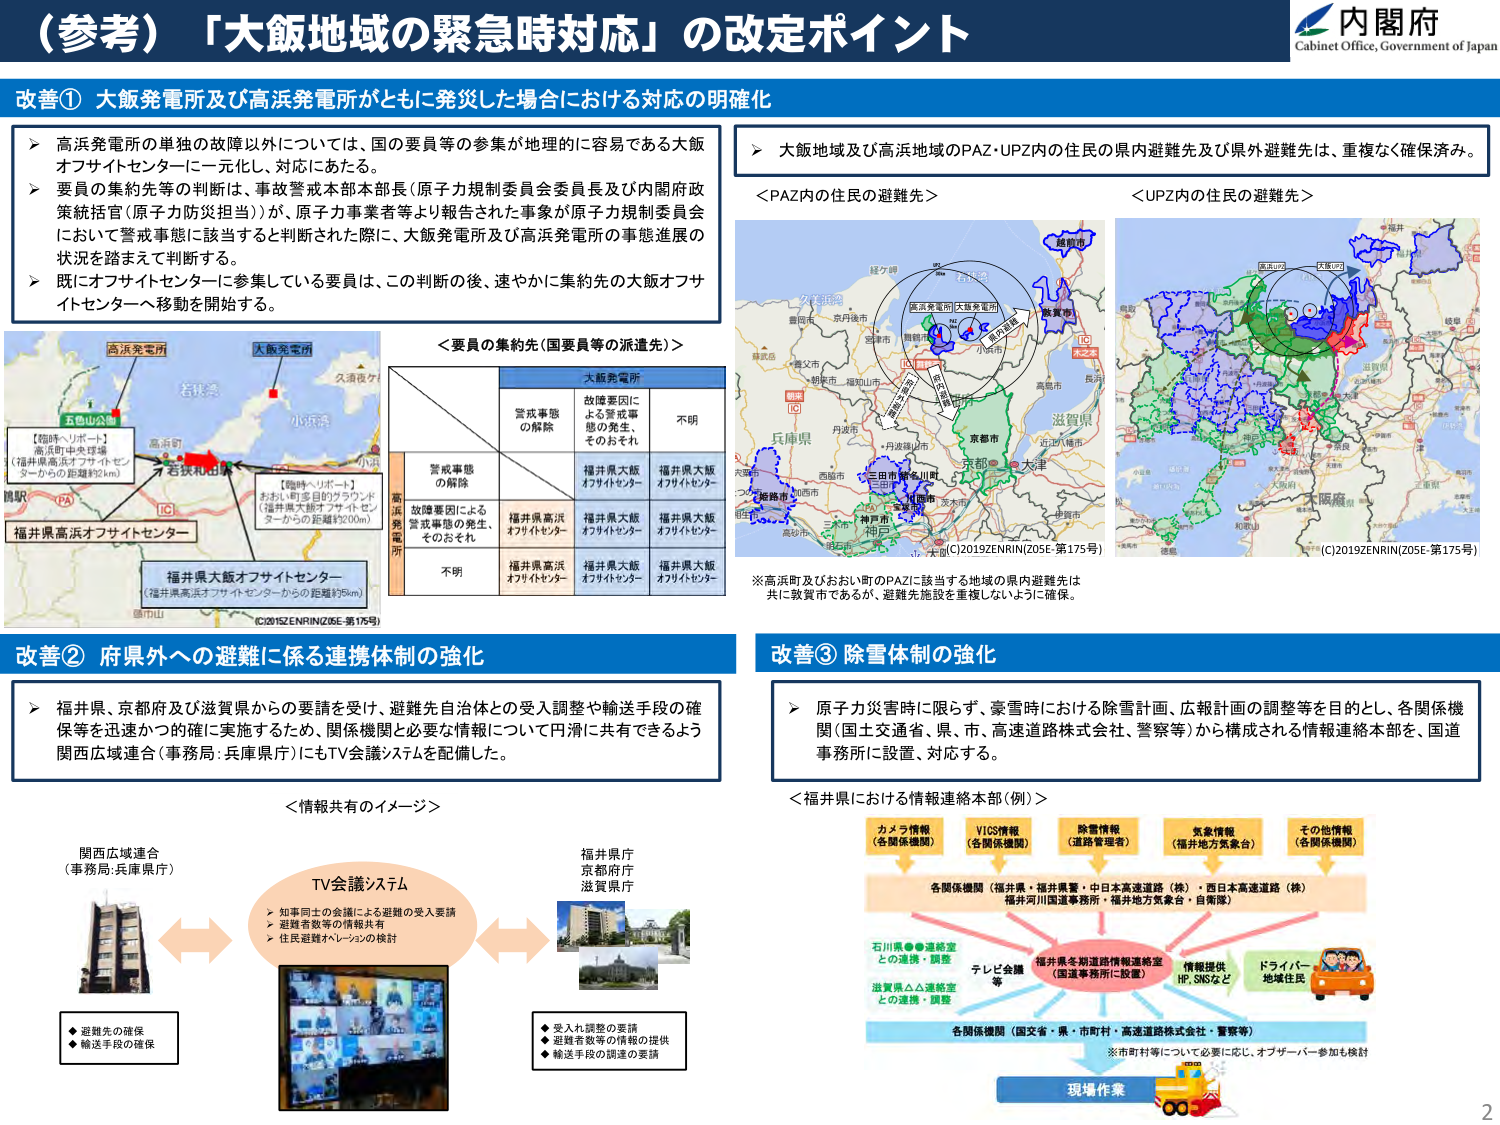
（参考）「大飯地域の緊急時対応」の改定ポイント

内閣府
Cabinet Office, Government of Japan

改善① 大飯発電所及び高浜発電所がともに発災した場合における対応の明確化

▶ 高浜発電所の単独の故障以外については、国の要員等の参集が地理的に容易である大飯オフサイトセンターに一元化し、対応はあたる。

▶ 要員の集約先等の判断は、事故警戒本部本部長（原子力規制委員会委員長及び内閣府政策統括官（原子力防災担当））が、原子力事業者等より報告された事象が原子力規制委員会において警戒事態に該当すると判断された際に、大飯発電所及び高浜発電所の事態進展の状況を踏まえて判断する。

▶ 既にオフサイトセンターに参集している要員は、この判断の後、速やかに集約先の大飯オフサイトセンターへ移動を開始する。

＜要員の集約先（国要員等の派遣先）＞

| | 大飯発電所 | | |
|---|---|---|---|
| | 故障要因による警戒事態の発生、そのおそれ | 不明 | |
| 警戒事態の解除 | 福井県大飯オフサイトセンター | 福井県大飯オフサイトセンター | |
| 故障要因による警戒事態の発生、そのおそれ | 福井県高浜オフサイトセンター | 福井県大飯オフサイトセンター | |
| 不明 | 福井県高浜オフサイトセンター | 福井県大飯オフサイトセンター | |

高浜発電所
大飯発電所
五色山公園
若狭湾
小浜湾
高浜町
おおい町多目的グラウンド
（福井県大飯オフサイトセンターからのおおいた距離約200m）
【臨時ヘリポート】
高浜町中本球場
（福井県高浜オフサイトセンターからの距離約2km）
福井県高浜オフサイトセンター
福井県大飯オフサイトセンター
（福井県高浜オフサイトセンターからの距離約5km）
©2015ZENRIN(Z05E-第175号)

▶ 大飯地域及び高浜地域のPAZ・UPZ内の住民の県内避難先及び県外避難先は、重複なく確保済み。

＜PAZ内の住民の避難先＞
＜UPZ内の住民の避難先＞
（C)2019ZENRIN(Z05E-第175号）
（C)2019ZENRIN(Z05E-第175号）

※高浜町及びおおい町のPAZに該当する地域の県内避難先は共に敦賀市であるが、避難先施設を重複しないように確保。

改善② 府県外への避難に係る連携体制の強化

▶ 福井県、京都府及び滋賀県からの要請を受け、避難先自治体との受入調整や輸送手段の確保等を迅速かつ的確に実施するため、関係機関と必要な情報について円滑に共有できるよう関西広域連合（事務局：兵庫県庁）にもTV会議システムを配備した。

＜情報共有のイメージ＞

関西広域連合
（事務局：兵庫県庁）
TV会議システム
▶ 知事同士の会議による避難の受入要請
▶ 避難者数等の情報共有
▶ 住民避難かレーションの検討

福井県庁
京都府庁
滋賀県庁

◆ 避難先の確保
◆ 輸送手段の確保

◆ 受入調整の要請
◆ 避難者数等の情報の提供
◆ 輸送手段の調達の要請

改善③ 除雪体制の強化

▶ 原子力災害時に関らず、豪雪時における除雪計画、広報計画の調整等を目的とし、各関係機関（国土交通省、県、市、高速道路株式会社、警察等）から構成される情報連絡本部を、国道事務所に設置、対応する。

＜福井県における情報連絡本部（例）＞

カメラ情報（各関係機関）
VICS情報（各関係機関）
除雪情報（道路管理者）
気象情報（福井地方気象台）
その他情報（各関係機関）

各関係機関（福井県・福井県警・中日本高速道路（株）・西日本高速道路（株）
福井河川国道事務所・福井地方気象台・自衛隊）

石川県●連絡室との連携・調整
滋賀県△連絡室との連携・調整
テレビ会議等
福井県を期道路情報連絡室（国道事務所に設置）
情報提供 HP、SNSなど
ドライバー地域住民

各関係機関（国交省・県・市町村・高速道路株式会社・警察等）
※市町村等について必要に応じ、オブザーバー参加も検討

現場作業

2